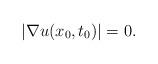
LaTeX: \begin{align*}|\nabla u(x_0, t_0)|=0.\end{align*}